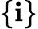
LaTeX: \{ \mathbf{i}\}